Rangoon Lunatic Asylum 1878-1892 - 1878-1892
Year: 1878
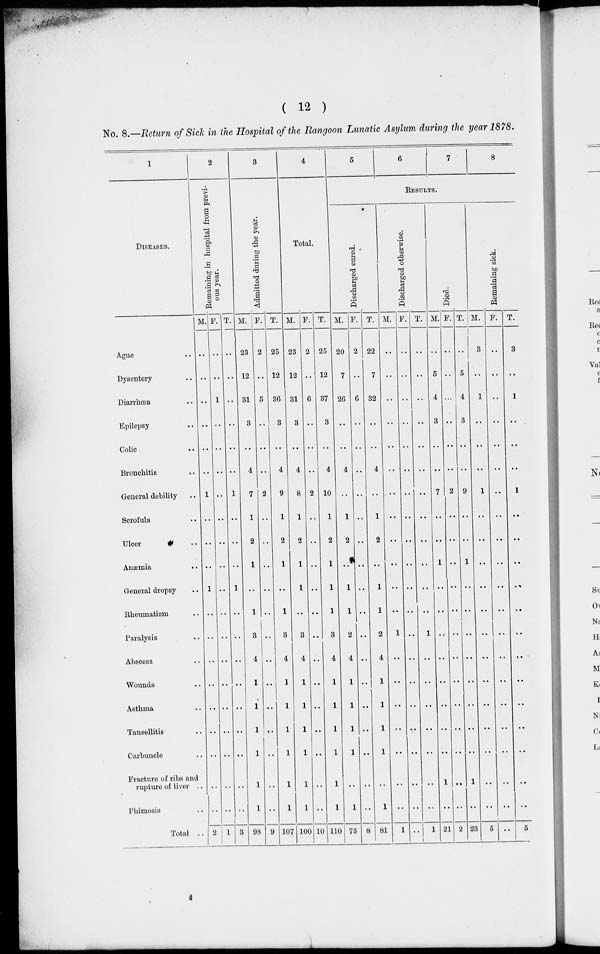
( 12 )
No. 8.—Return of Sick in the Hospital of the Rangoon Lunatic Asylum during the year 1878.
1
DISEASES.
Ague ..
Dysentery ..
Diarrhœa ..
Epilelsy ..
Colic ..
Bronchitis ..
General debility ..
Scrofula ..
Ulcer ..
Anæmia ..
General dropsy ..
Rheumatism ..
Paralysis ..
Abscess ..
Wounds ..
Asthma ..
Tansellitis ..
Carbuncle ..
Fracture of ribs and
rupture of liver ..
Phimosis ..
Total ..
2
Remaining in hospital from previ-
ous year.
M.
..
..
..
..
..
..
1
..
..
..
1
..
..
..
..
..
..
..
..
..
2
F.
..
..
1
..
..
..
..
..
..
..
..
..
..
..
..
..
..
..
..
..
1
T.
..
..
..
..
..
..
1
..
..
..
1
..
..
..
..
..
..
..
..
..
3
3
Admitted during the year.
M.
23
12
31
3
..
4
7
1
2
1
..
1
3
4
1
1
1
1
1
1
98
F.
2
..
5
..
..
..
2
..
..
..
..
..
..
..
..
..
..
..
..
..
9
T.
25
12
36
3
..
4
9
1
2
1
..
1
3
4
1
1
1
1
1
1
107
4
Total.
M.
23
12
31
3
..
4
8
1
2
1
1
..
3
4
1
1
1
1
1
1
100
F.
2
..
6
..
..
..
2
..
..
..
..
..
..
..
..
..
..
..
..
..
10
T.
25
12
37
3
..
4
10
1
2
1
1
1
3
4
1
1
1
1
1
1
110
5
6
7
8
RESULTS.
Discharged cured.
M.
20
7
26
..
..
4
..
1
2
..
1
1
2
4
1
1
1
1
..
1
73
F.
2
..
6
..
..
..
..
..
..
..
..
..
..
..
..
..
..
..
..
..
8
T.
22
7
32
..
4
..
1
2
..
1
1
2
4
1
1
1
1
..
1
81
Discharged otherwise.
M.
..
..
..
..
..
..
..
..
..
..
..
..
1
..
..
..
..
..
..
..
1
F.
..
..
..
..
..
..
..
..
..
..
..
..
..
..
..
..
..
..
..
..
..
T.
..
..
..
..
..
..
..
..
..
..
..
..
1
..
..
..
..
..
..
..
1
Died.
M.
..
5
4
3
..
..
7
..
..
1
..
..
..
..
..
..
..
..
1
..
21
F.
..
..
...
..
..
..
2
..
..
..
..
..
..
..
..
..
..
..
..
..
2
T.
..
5
4
3
..
..
9
..
..
1
..
..
..
..
..
..
..
..
1
..
23
Remaining sick.
M.
3
..
1
..
..
..
1
..
..
..
..
..
..
..
..
..
..
..
..
..
5
F.
..
..
..
..
..
..
..
..
..
..
..
..
..
..
..
..
..
..
..
..
..
T.
3
..
1
..
..
..
1
..
..
..
..
..
..
..
..
..
..
..
..
..
5